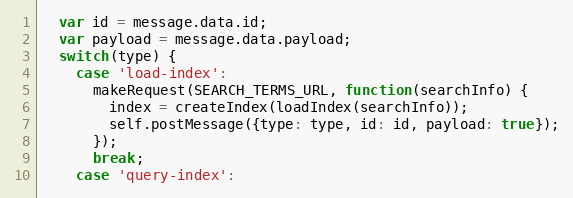
Language: JavaScript
  var id = message.data.id;
  var payload = message.data.payload;
  switch(type) {
    case 'load-index':
      makeRequest(SEARCH_TERMS_URL, function(searchInfo) {
        index = createIndex(loadIndex(searchInfo));
        self.postMessage({type: type, id: id, payload: true});
      });
      break;
    case 'query-index':